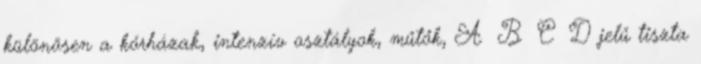
különösen a kórházak, intenzív osztályok, műtők, A B C D jelű tiszta